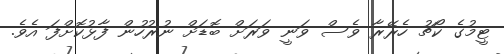
ޓީމުގެ ކޯޗު ހެރޭރާ ވެސް ވަނީ ވަރަށް ބޮޑަށް ނުރުހުން ފާޅުކޮށްފަ އެވެ.